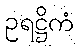
ဥရဋ္ဌိကံ